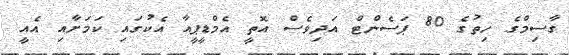
ގާސިމްގެ ހިތުގެ 80 ޕަސެންޓް އަދިވެސް އޮތީ އެމްޑީޕީއާ އެކުގައި ކަމަށާއި އެއީ